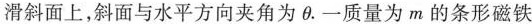
滑斜面上，斜面与水平方向夹角为θ。一质量为m的条形磁铁